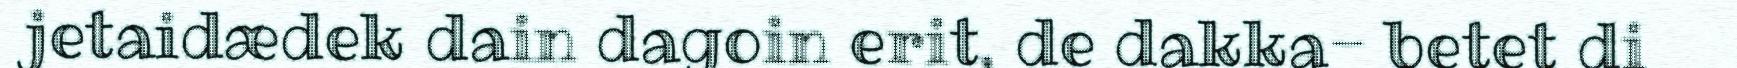
jetaidædek dain dagoin erit, de dakka- betet di